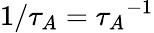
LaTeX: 1/{\tau_{A}}={\tau_{A}}^{-1}